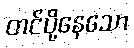
တင်ပို့နေသော